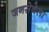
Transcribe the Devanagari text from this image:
जनसेवेला